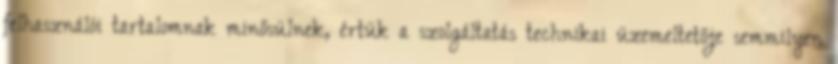
felhasználói tartalomnak minősülnek, értük a szolgáltatás technikai üzemeltetője semmilyen